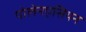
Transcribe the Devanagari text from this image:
पोलेनएसियन